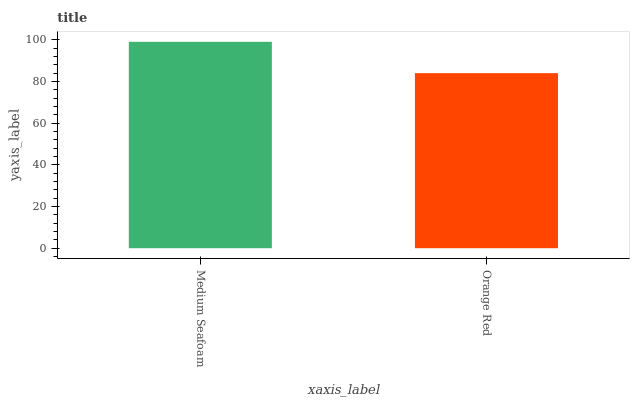
| xaxis_label | bars |
 | --- | --- |
 | Medium Seafoam | 99 |
 | Orange Red | 84 |